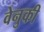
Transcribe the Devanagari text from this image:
वेनुकी